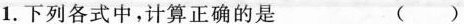
1.下列各式中，计算正确的是 ()